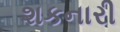
શકનારી